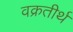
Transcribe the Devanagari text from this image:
वक्रतीर्थ